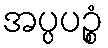
အပ္ပပဉ္စံ